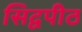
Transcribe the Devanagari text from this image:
सिद्वपीठ